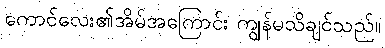
ကောင်လေး၏အိမ်အကြောင်း ကျွန်မသိချင်သည်။